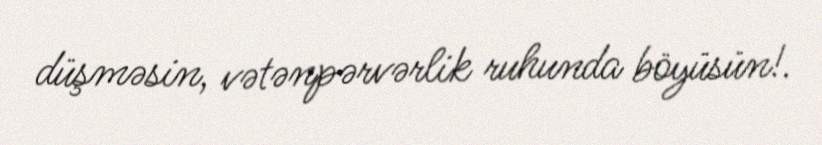
düşməsin, vətənpərvərlik ruhunda böyüsün!.